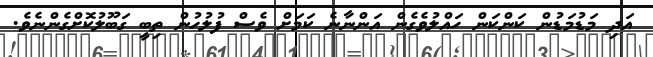
އަދި މަޑުމަޑުން ކަންކަން ހައްލުވެގެން އަންނާނެ ކަމަށް ވެސް ފުލުހުން ތިބީ ގަބޫލުކޮށްގެންނެވެ.